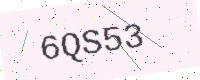
Text: 6QS53